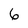
Character: 6